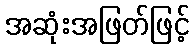
အဆုံးအဖြတ်ဖြင့်